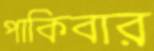
পাকিবার